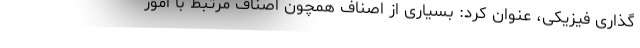
گذاری فیزیکی، عنوان کرد: بسیاری از اصناف همچون اصناف مرتبط با امور